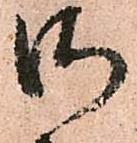
御